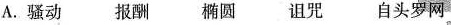
A.骚动报酬椭圆诅咒自头罗网